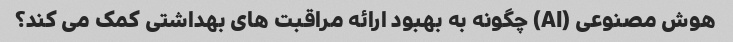
هوش مصنوعی (AI) چگونه به بهبود ارائه مراقبت های بهداشتی کمک می کند؟